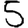
Digit: 5